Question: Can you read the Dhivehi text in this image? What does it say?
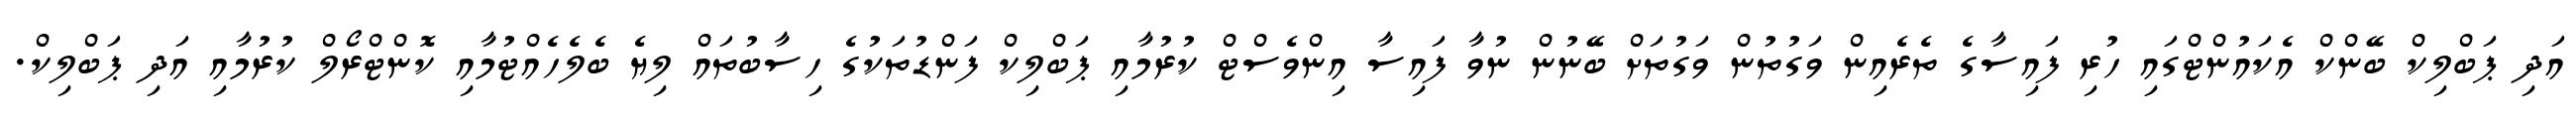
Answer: އަދި ޕަބްލިކް ބޭންކް އެކައުންޓްގައި ހުރި ފައިސާގެ ތެރެއިން ވަގުތުން ވަގުތަށް ބޭނުން ނުވާ ފައިސާ އިންވެސްޓް ކުރުމާއި ޕަބްލިކް ފަންޑުތަކުގެ ހިސާބުތައް ލިޔެ ބެލެހެއްޓުމާއި ކޮންޓްރޯލް ކުރުމާއި އަދި ޕަބްލިކް.